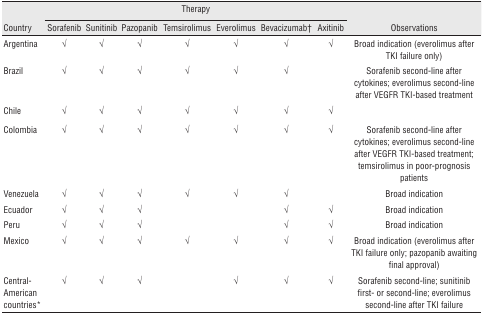
<table><thead><tr><td></td><td colspan="7"><b>Therapy</b></td><td></td></tr><tr><td><b>Country</b></td><td><b>Sorafenib</b></td><td><b>Sunitinib</b></td><td><b>Pazopanib</b></td><td><b>Temsirolimus</b></td><td><b>Everolimus</b></td><td><b>Bevacizumab†</b></td><td><b>Axitinib</b></td><td><b>Observations</b></td></tr></thead><tbody><tr><td>Argentina</td><td>√</td><td>√</td><td>√</td><td>√</td><td>√</td><td>√</td><td>√</td><td>Broad indication (everolimus after TKI failure only)</td></tr><tr><td>Brazil</td><td>√</td><td>√</td><td>√</td><td>√</td><td>√</td><td>√</td><td></td><td>Sorafenib second-line after cytokines; everolimus second-line after VEGFR TKI-based treatment</td></tr><tr><td>Chile</td><td>√</td><td>√</td><td>√</td><td>√</td><td>√</td><td>√</td><td>√</td><td></td></tr><tr><td>Colombia</td><td>√</td><td>√</td><td>√</td><td>√</td><td>√</td><td>√</td><td>√</td><td>Sorafenib second-line after cytokines; everolimus second-line after VEGFR TKI-based treatment; temsirolimus in poor-prognosis patients</td></tr><tr><td>Venezuela</td><td>√</td><td>√</td><td>√</td><td>√</td><td>√</td><td>√</td><td></td><td>Broad indication</td></tr><tr><td>Ecuador</td><td>√</td><td>√</td><td>√</td><td></td><td></td><td>√</td><td>√</td><td>Broad indication</td></tr><tr><td>Peru</td><td>√</td><td>√</td><td>√</td><td></td><td></td><td>√</td><td>√</td><td>Broad indication</td></tr><tr><td>Mexico</td><td>√</td><td>√</td><td>√</td><td>√</td><td>√</td><td>√</td><td>√</td><td>Broad indication (everolimus after TKI failure only; pazopanib awaiting final approval)</td></tr><tr><td>Central-American countries*</td><td>√</td><td>√</td><td>√</td><td></td><td>√</td><td>√</td><td>√</td><td>Sorafenib second-line; sunitinib frst- or second-line; everolimus second-line after TKI failure</td></tr></tbody></table>